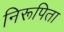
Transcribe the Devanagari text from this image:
निरूपिता